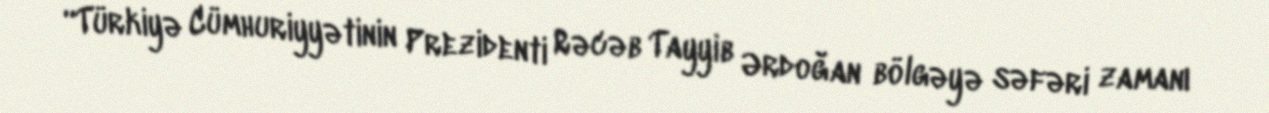
“Türkiyə Cümhuriyyətinin Prezidenti Rəcəb Tayyib Ərdoğan bölgəyə səfəri zamanı